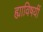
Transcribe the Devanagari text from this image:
ह्याविषयीं